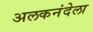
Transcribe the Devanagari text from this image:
अलकनंदेला